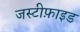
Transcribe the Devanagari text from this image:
जस्टीफ़ाइड